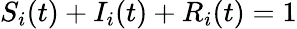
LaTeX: S_{i}(t)+I_{i}(t)+R_{i}(t)=1